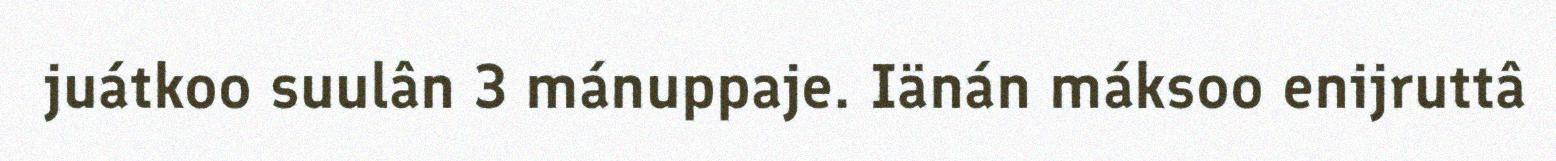
juátkoo suulân 3 mánuppaje. Iänán máksoo enijruttâ